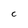
Character: C